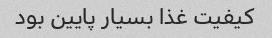
کیفیت غذا بسیار پایین بود